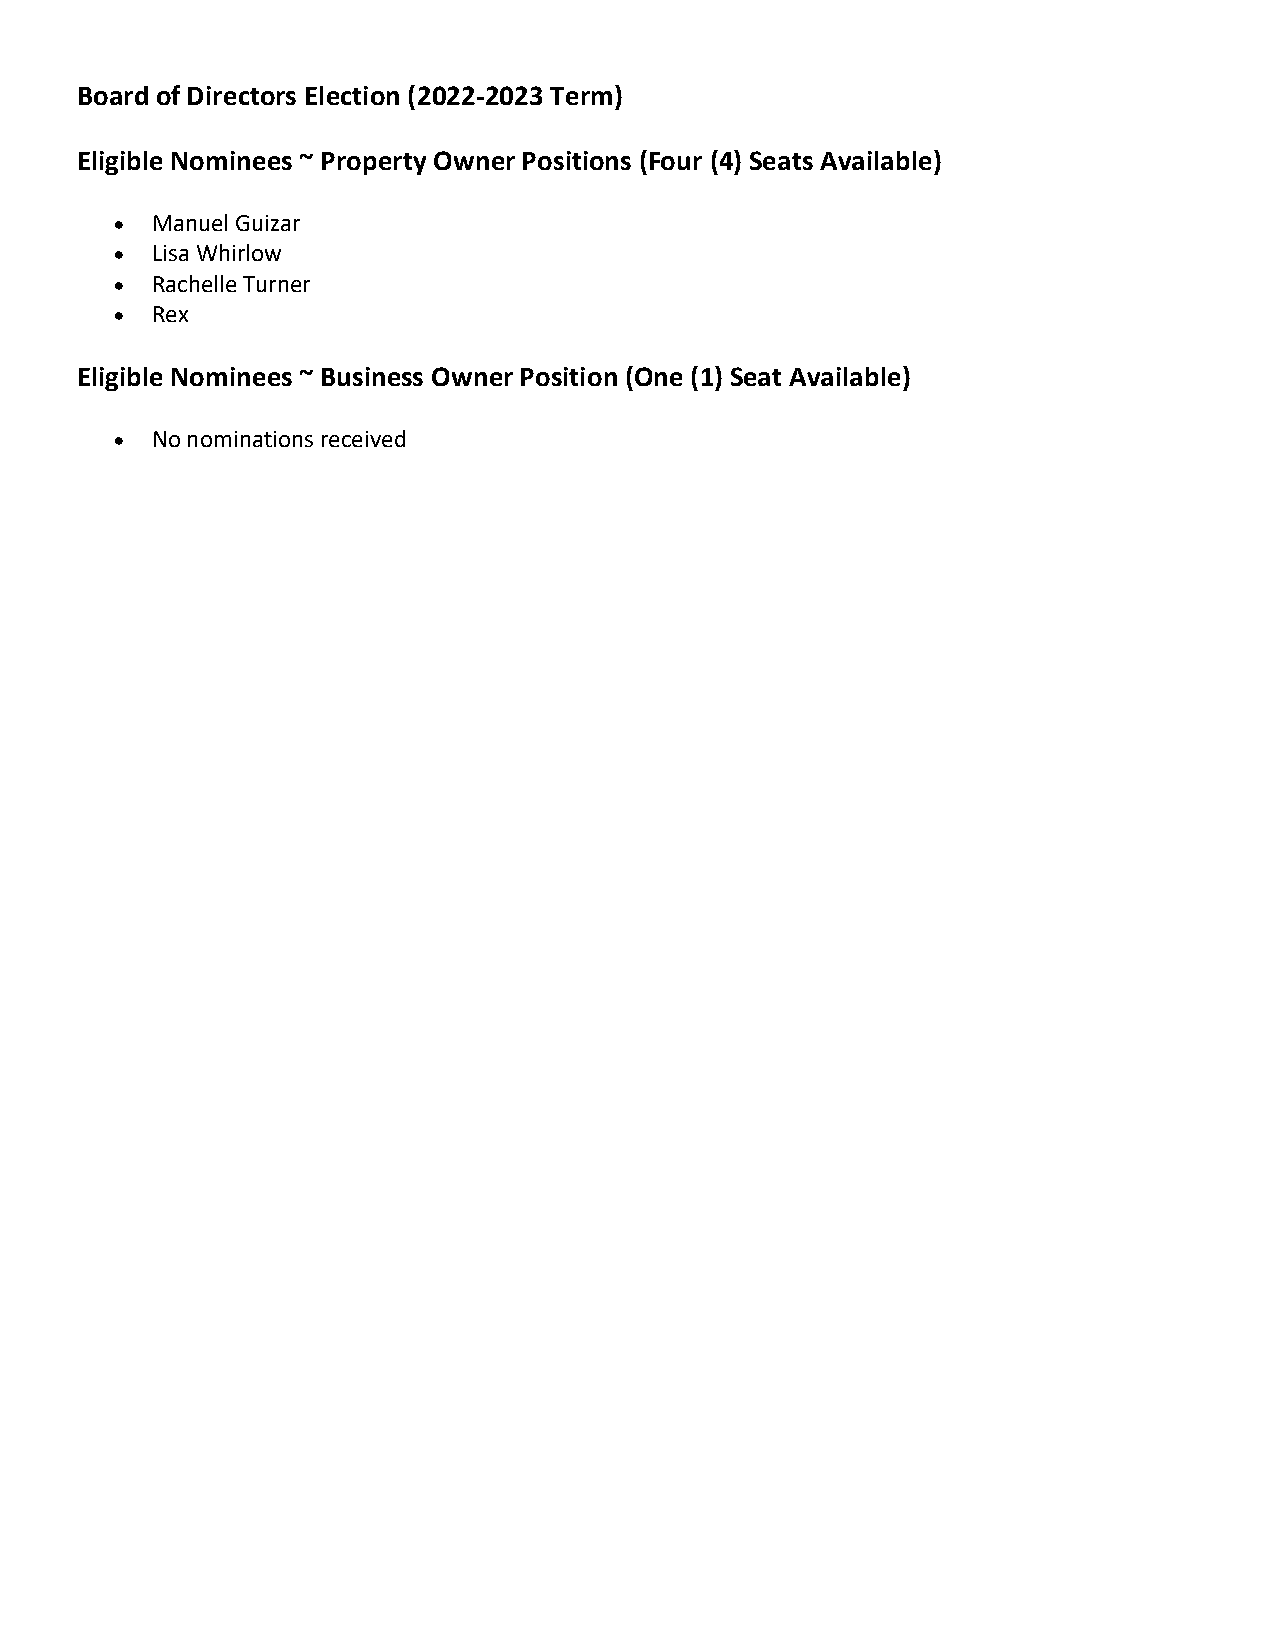
Board of Directors Election (2022-2023 Term)
 Eligible Nominees ~ Property Owner Positions (Four (4) Seats Available)
 • Manuel Guizar
 • Lisa Whirlow
 • Rachelle Turner
 • Rex
 Eligible Nominees ~ Business Owner Position (One (1) Seat Available)
 • No nominations received